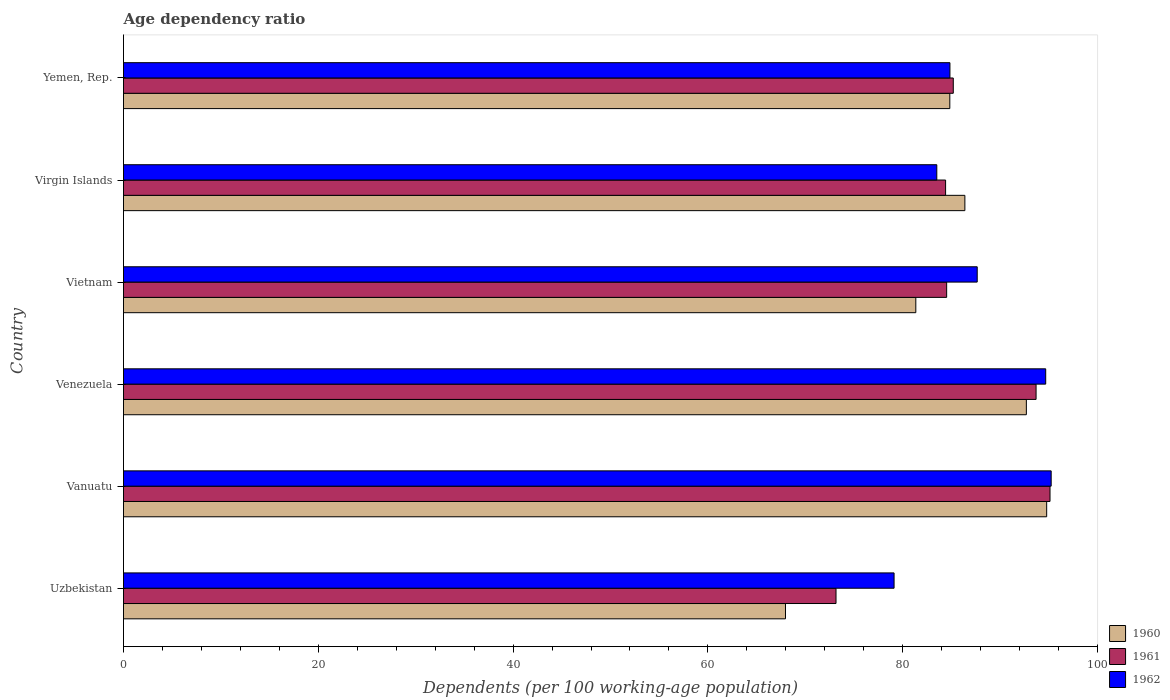
| Country | 1960 | 1961 | 1962 |
 | --- | --- | --- | --- |
 | Uzbekistan | 68 | 73.2 | 79.1 |
 | Vanuatu | 94.8 | 95.1 | 95.2 |
 | Venezuela | 92.7 | 93.7 | 94.7 |
 | Vietnam | 81.3 | 84.5 | 87.6 |
 | Virgin Islands | 86.4 | 84.4 | 83.5 |
 | Yemen, Rep. | 84.8 | 85.2 | 84.9 |